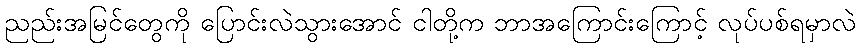
ညည်းအမြင်တွေကို ပြောင်းလဲသွားအောင် ငါတို့က ဘာအကြောင်းကြောင့် လုပ်ပစ်ရမှာလဲ